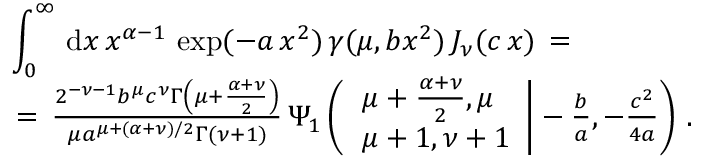
\begin{array} { l } { \displaystyle \int _ { 0 } ^ { \infty } \, \mathrm { d } x \, x ^ { \alpha - 1 } \, \exp ( - a \, x ^ { 2 } ) \, \gamma ( \mu , b x ^ { 2 } ) \, J _ { \nu } ( c \, x ) \, = \, } \\ { \, = \, \frac { 2 ^ { - \nu - 1 } b ^ { \mu } c ^ { \nu } \Gamma \left( \mu + \frac { \alpha + \nu } 2 \right) } { \mu a ^ { \mu + ( \alpha + \nu ) / 2 } \Gamma ( \nu + 1 ) } \, \Psi _ { 1 } \left( \left. \begin{array} { l } { \mu + \frac { \alpha + \nu } 2 , \mu } \\ { \mu + 1 , \nu + 1 } \end{array} \right| - \frac b a , - \frac { c ^ { 2 } } { 4 a } \right) \, . } \end{array}